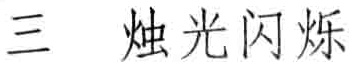
三 烛光闪烁